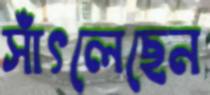
সাঁৎলেছেন